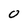
Character: 0